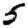
Digit: 5